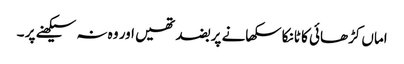
اماں کڑھائی کا ٹانکا سکھانے پر بضد تھیں اور وہ نہ سیکھنے پر ۔